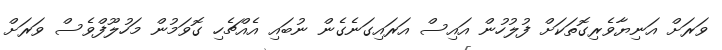
ވަރަށް އަނިޔާވެރިގޮތަކަށް ފުލުހުން އައިސް އަރައިގަނެގެން ނުބައި އެއްޗެހި ގޮވަމުން މަހުލޫފްވެސް ވަރަށް